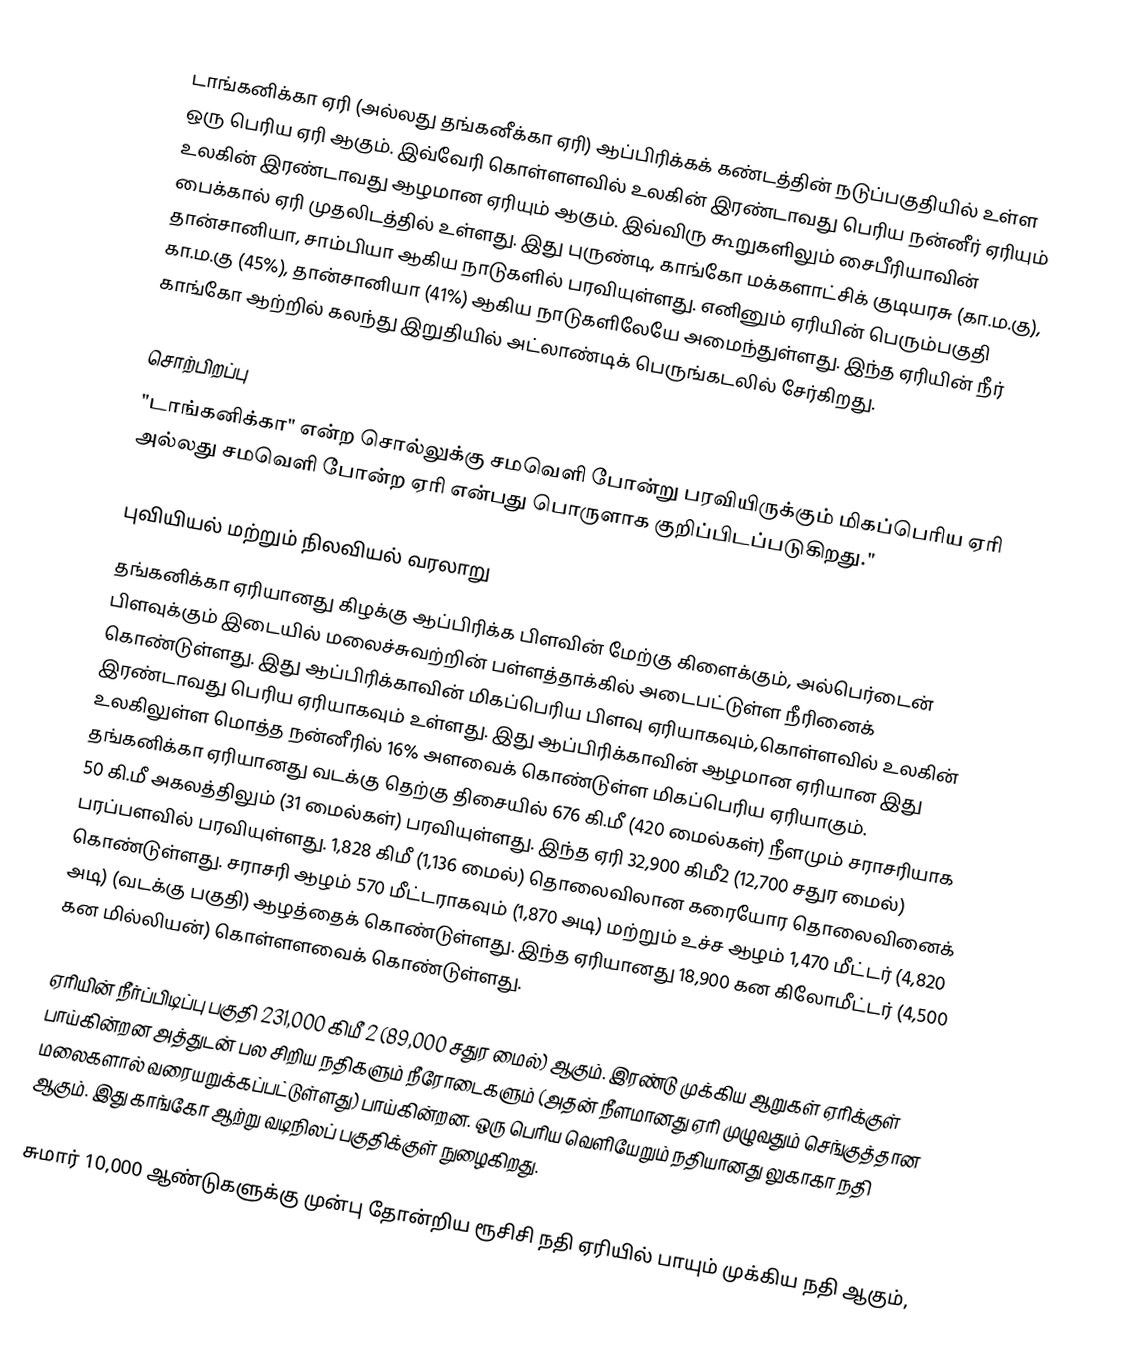
டாங்கனிக்கா ஏரி (அல்லது தங்கனீக்கா ஏரி) ஆப்பிரிக்கக் கண்டத்தின் நடுப்பகுதியில் உள்ள ஒரு பெரிய ஏரி ஆகும். இவ்வேரி கொள்ளளவில் உலகின் இரண்டாவது பெரிய நன்னீர் ஏரியும் உலகின் இரண்டாவது ஆழமான ஏரியும் ஆகும். இவ்விரு கூறுகளிலும் சைபீரியாவின் பைக்கால் ஏரி முதலிடத்தில் உள்ளது. இது புருண்டி, காங்கோ மக்களாட்சிக் குடியரசு (கா.ம.கு), தான்சானியா, சாம்பியா ஆகிய நாடுகளில் பரவியுள்ளது. எனினும் ஏரியின் பெரும்பகுதி கா.ம.கு (45%), தான்சானியா (41%) ஆகிய நாடுகளிலேயே அமைந்துள்ளது. இந்த ஏரியின் நீர் காங்கோ ஆற்றில் கலந்து இறுதியில் அட்லாண்டிக் பெருங்கடலில் சேர்கிறது.

சொற்பிறப்பு
"டாங்கனிக்கா" என்ற சொல்லுக்கு சமவெளி போன்று பரவியிருக்கும் மிகப்பெரிய ஏரி அல்லது சமவெளி போன்ற ஏரி என்பது பொருளாக குறிப்பிடப்படுகிறது."

புவியியல் மற்றும் நிலவியல் வரலாறு
தங்கனிக்கா ஏரியானது கிழக்கு ஆப்பிரிக்க பிளவின் மேற்கு கிளைக்கும், அல்பெர்டைன் பிளவுக்கும் இடையில் மலைச்சுவற்றின் பள்ளத்தாக்கில் அடைபட்டுள்ள நீரினைக் கொண்டுள்ளது. இது ஆப்பிரிக்காவின் மிகப்பெரிய பிளவு ஏரியாகவும்,கொள்ளவில் உலகின் இரண்டாவது பெரிய ஏரியாகவும் உள்ளது. இது ஆப்பிரிக்காவின் ஆழமான ஏரியான இது உலகிலுள்ள மொத்த நன்னீரில்  16% அளவைக் கொண்டுள்ள மிகப்பெரிய ஏரியாகும். தங்கனிக்கா ஏரியானது வடக்கு தெற்கு திசையில் 676 கி.மீ (420 மைல்கள்) நீளமும் சராசரியாக  50 கி.மீ அகலத்திலும் (31 மைல்கள்) பரவியுள்ளது.  இந்த ஏரி  32,900 கிமீ2  (12,700 சதுர மைல்) பரப்பளவில் பரவியுள்ளது.  1,828 கிமீ (1,136 மைல்) தொலைவிலான கரையோர தொலைவினைக் கொண்டுள்ளது. சராசரி ஆழம்  570 மீட்டராகவும் (1,870 அடி) மற்றும் உச்ச ஆழம் 1,470 மீட்டர் (4,820 அடி) (வடக்கு பகுதி) ஆழத்தைக் கொண்டுள்ளது. இந்த ஏரியானது 18,900 கன கிலோமீட்டர் (4,500 கன மில்லியன்) கொள்ளளவைக் கொண்டுள்ளது.

ஏரியின் நீர்ப்பிடிப்பு பகுதி 231,000 கிமீ 2 (89,000 சதுர மைல்) ஆகும். இரண்டு முக்கிய ஆறுகள் ஏரிக்குள் பாய்கின்றன அத்துடன் பல சிறிய நதிகளும் நீரோடைகளும் (அதன் நீளமானது ஏரி முழுவதும் செங்குத்தான மலைகளால் வரையறுக்கப்பட்டுள்ளது) பாய்கின்றன. ஒரு பெரிய வெளியேறும் நதியானது  லுகாகா நதி ஆகும்.  இது காங்கோ ஆற்று வடிநிலப் பகுதிக்குள் நுழைகிறது.

சுமார் 10,000 ஆண்டுகளுக்கு முன்பு தோன்றிய ரூசிசி நதி ஏரியில் பாயும்  முக்கிய நதி ஆகும்,